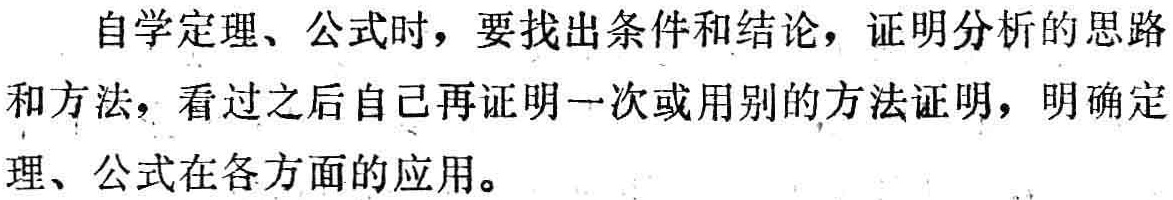
自学定理、公式时，要找出条件和结论，证明分析的思路和方法，看过之后自己再证明一次或用别的方法证明，明确定理、公式在各方面的应用。